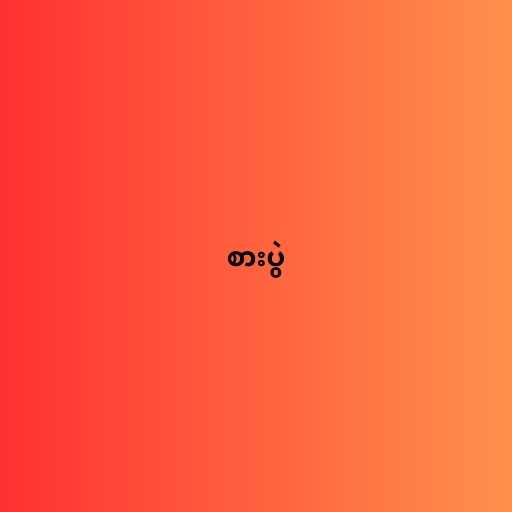
စားပွဲ